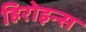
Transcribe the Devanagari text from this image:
हिरोइन्स